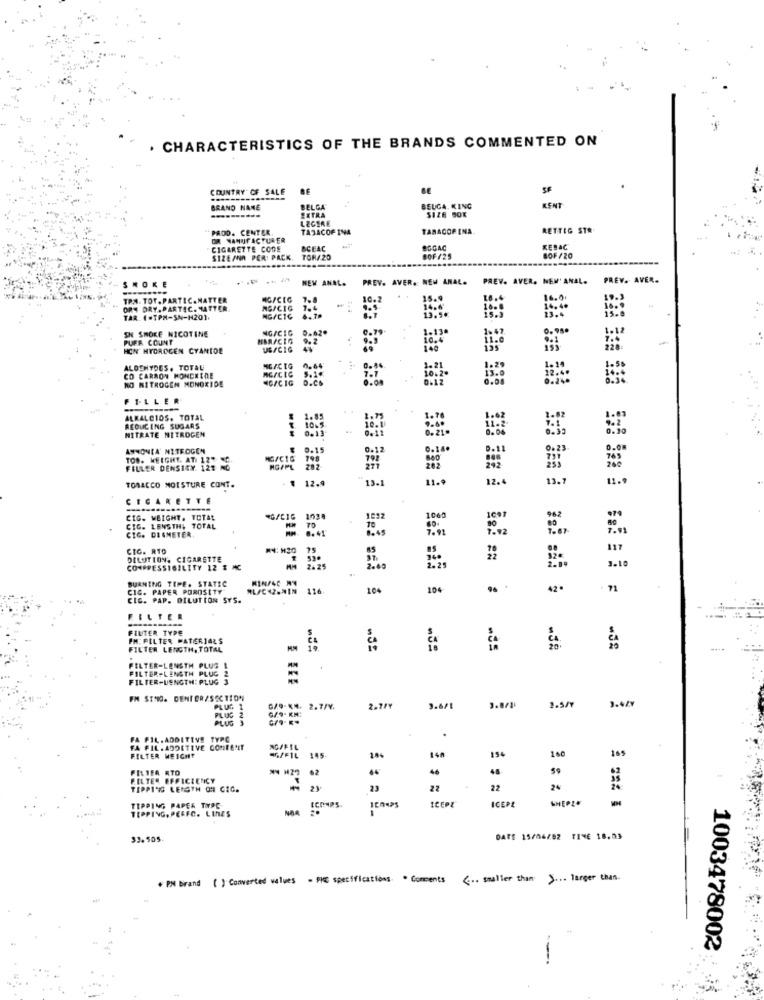
CHARACTERISTICS OF THE BRANDS COMMENTED ON
COUNTRY OF SALE
SF
BRAND NAME
BELGA
BEUGA. KING
KENT
EXTRA
LEGERE
"PADO. CENTER.
TABACOF INA
TARACORINA.
RETTIG STR
OR MANUFACTURER
CIGARETTE CODE
BCEAC
BOGAC
KEBAC
SIZE/NA PER PACK
TOR/20
8OF /25
8OF /20
NEW ANAL.
PREV. AVER. NEW ANAL.
PREV. AVER. NEM' ANAL.
PREV. AVER.
SMOKE
TRA. TOT. PARTEC.MATTER
MG/CEG
ORT DRY. PARTIC. MATTER
NG/CIG
TAR. (.TPM-SN-H201.
NG/CIC
SN SMOKE NICOTINE
NG/CIG
9.62+
0.990
PUFR COUNT
9.9
10.4
1-13
1.47
HON HYDROGEN CYANIDE
UE/CIG
140
ALDEHYDES. TOTAL
CO CARRON MONCHINE
HCICIG
NO NITROGEN MONOXIDE
FILLER
ALKALCIOS. TOTAL
1.85
REDUCING SUGARS
NITRATE NITROGEN
₹ 1065
0.13
AMMONIA' NITROGEN
9-15
0.12
0.140
TOO. WEIGHT. ATI 12" C.
MG/C1G
792
FELLER DENSIGN. 122 NC
MG/PL 282
277
₮ 12.9
13.1
11.
12.
13.7
TOBACCO MOISTURE CONT.
CIGARETTE
CIG. WEIGHT. TOTAL
1032
106
CIG. LENSTH, TOTAL
CIG. DIAMETER
8.41
70
0-45
10
7.93
CIG. RTO
HN: H20
65
117
DILUTION. CIGARETTE
37
==
COMPRESSIBILITY 12 & MC
2.25
2.49
3.10
BURNING TEME. STATIC
RIN/SC -
CIG. PAPER POROSITY"
104
42*
CIC. PAP. DILUTION SYS.
FILTER
FINTER TYPE
FM: PILTER MATERIALS
FILTER LENGTH, TOTAL
3º
FILTER-LENGTH PLUS
FILTER-LENGTH PLUG 2
FILTER-LENGTH: PLUG 3
FH SITIO. DENIER/SECTION
3.44v
PLUG 1
G/9-KM. 2.7/¥.
2.7FY
3.6/1
3.8/11
2.5/7
PLUG 2
PLUG 3
FA FIL. ADDITIVE TYPO
FA FIL. ADDITIVE CONTENT
140
St
165
FILTER WEIGHT
4G/F1L
145
FILTER RTO
NH29
62
46
48
FILTER EFFICIENCY
TIPP1 % LENGTH ON CIC.
2)
23
22
22
WHEPLO
TIPPING, PERFC. LINES
TIPPING PAPER TINPC
CEPZ
ICEPE
33.505.
DATE 15/04/82 TIME 18.03
* PM brand ( ) Converted values - MI specifications . Comments
<.. smaller than > ... larger than-
1003478002
----